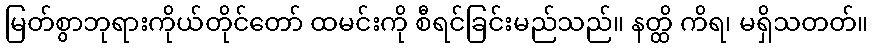
မြတ်စွာဘုရားကိုယ်တိုင်တော် ထမင်းကို စီရင်ခြင်းမည်သည်။ နတ္ထိ ကိရ၊ မရှိသတတ်။